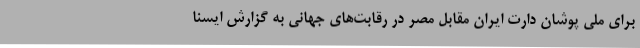
برای ملی پوشان دارت ایران مقابل مصر در رقابت‌های جهانی به گزارش ایسنا